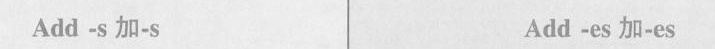
Add -s 加-s Add -es 加-es